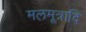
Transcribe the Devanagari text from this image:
मलमूत्रादि